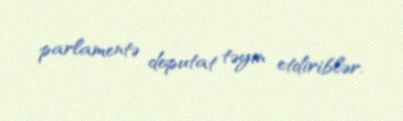
parlamentə deputat təyin etdiriblər.